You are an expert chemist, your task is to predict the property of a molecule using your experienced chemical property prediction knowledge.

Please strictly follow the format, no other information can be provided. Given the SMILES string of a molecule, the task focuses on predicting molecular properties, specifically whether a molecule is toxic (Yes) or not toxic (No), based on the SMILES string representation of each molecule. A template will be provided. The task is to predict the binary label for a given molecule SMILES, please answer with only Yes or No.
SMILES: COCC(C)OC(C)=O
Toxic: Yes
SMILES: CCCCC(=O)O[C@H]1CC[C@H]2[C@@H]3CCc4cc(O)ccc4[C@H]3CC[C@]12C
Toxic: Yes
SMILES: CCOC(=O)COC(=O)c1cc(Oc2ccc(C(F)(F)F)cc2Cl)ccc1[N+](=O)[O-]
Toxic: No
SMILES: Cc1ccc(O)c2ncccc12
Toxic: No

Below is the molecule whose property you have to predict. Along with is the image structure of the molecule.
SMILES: NC(=O)n1c(O)c(C(=O)c2cccs2)c2cc(Cl)ccc21
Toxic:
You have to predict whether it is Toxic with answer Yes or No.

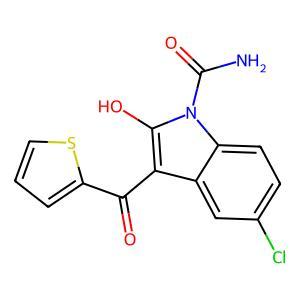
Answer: No